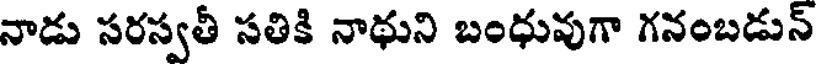
నాడు సరస్వతీ సతికి నాథుని బంధువుగా గనంబడున్